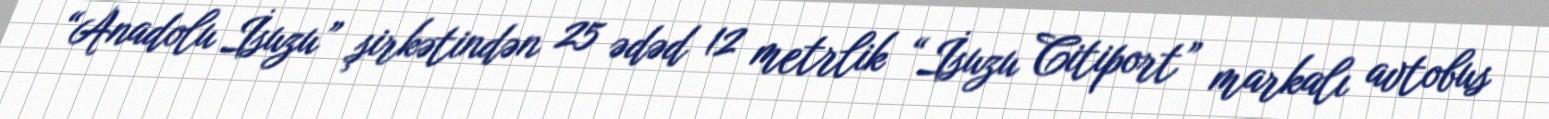
“Anadolu İsuzu” şirkətindən 25 ədəd 12 metrlik “İsuzu Citiport” markalı avtobus